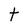
Character: t